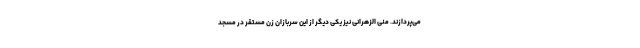
می‌پردازند. منی الزهرانی نیز یکی دیگر از این سربازان زن مستقر در مسجد